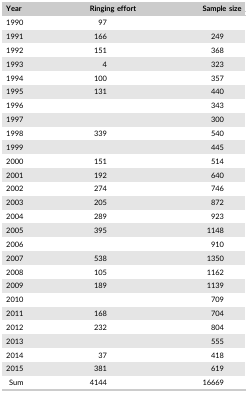
<table><thead><tr><td><b>Year</b></td><td><b>Ringing effort</b></td><td><b>Sample size</b></td></tr></thead><tbody><tr><td>1990</td><td>97</td><td></td></tr><tr><td>1991</td><td>166</td><td>249</td></tr><tr><td>1992</td><td>151</td><td>368</td></tr><tr><td>1993</td><td>4</td><td>323</td></tr><tr><td>1994</td><td>100</td><td>357</td></tr><tr><td>1995</td><td>131</td><td>440</td></tr><tr><td>1996</td><td></td><td>343</td></tr><tr><td>1997</td><td></td><td>300</td></tr><tr><td>1998</td><td>339</td><td>540</td></tr><tr><td>1999</td><td></td><td>445</td></tr><tr><td>2000</td><td>151</td><td>514</td></tr><tr><td>2001</td><td>192</td><td>640</td></tr><tr><td>2002</td><td>274</td><td>746</td></tr><tr><td>2003</td><td>205</td><td>872</td></tr><tr><td>2004</td><td>289</td><td>923</td></tr><tr><td>2005</td><td>395</td><td>1148</td></tr><tr><td>2006</td><td></td><td>910</td></tr><tr><td>2007</td><td>538</td><td>1350</td></tr><tr><td>2008</td><td>105</td><td>1162</td></tr><tr><td>2009</td><td>189</td><td>1139</td></tr><tr><td>2010</td><td></td><td>709</td></tr><tr><td>2011</td><td>168</td><td>704</td></tr><tr><td>2012</td><td>232</td><td>804</td></tr><tr><td>2013</td><td></td><td>555</td></tr><tr><td>2014</td><td>37</td><td>418</td></tr><tr><td>2015</td><td>381</td><td>619</td></tr><tr><td>Sum</td><td>4144</td><td>16669</td></tr></tbody></table>